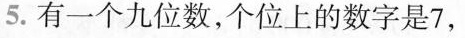
5.有一个九位数，个位上的数字是7，